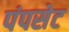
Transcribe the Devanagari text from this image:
पंपसेट